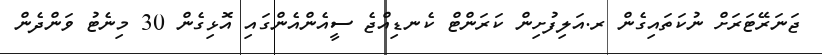
ޖަނަރޭޓަރަށް ނުކަތައިގެން ރ.އަލިފުށިން ކަރަންޓް ކެނޑިއްޖެ ސީއެންއެންގައި އޮޅިގެން 30 މިނެޓު ވަންދެން